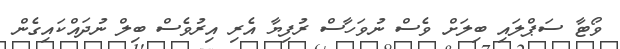
ވޯޓާ ސަޕްލައި ބިލަށް ވެސް ނުވަހާސް ރުފިޔާ އެރި އިރުވެސް ބިލް ނުދައްކައިގެން